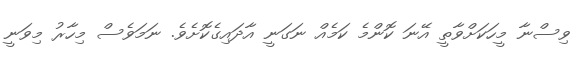
ވިސްނާ މީހަކަށްވާތީ އޭނަ ކޮންމެ ކަމެއް ނަގަނީ އާދައިގެކޮށެވެ. ނަމަވެސް މިހާރު މިވަނީ